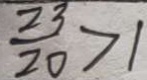
\frac { 2 3 } { 2 0 } > 1